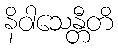
နိဝါသေန္တီတိ